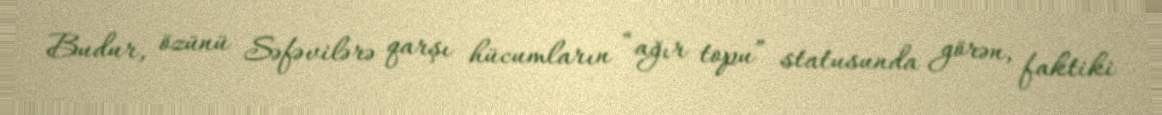
Budur, özünü Səfəvilərə qarşı hücumların “ağır topu” statusunda görən, faktiki